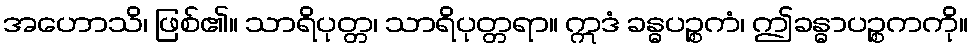
အဟောသိ၊ ဖြစ်၏။ သာရိပုတ္တ၊ သာရိပုတ္တရာ။ ဣဒံ ခန္ဓပဉ္စကံ၊ ဤခန္ဓာပဉ္စကကို။